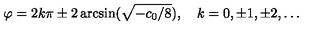
\varphi = 2 k \pi \pm 2 \arcsin ( \sqrt { - c _ { 0 } / 8 } ) , \quad k = 0 , \pm 1 , \pm 2 , \ldots